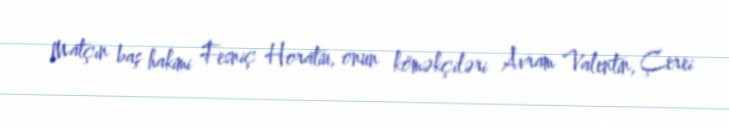
Matçın baş hakimi Fesniç Horatiu, onun köməkçiləri Avram Valentin, Çerei